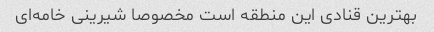
بهترین قنادی این منطقه است مخصوصا شیرینی خامه‌ای